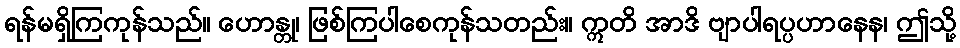
ရန်မရှိကြကုန်သည်။ ဟောန္တု၊ ဖြစ်ကြပါစေကုန်သတည်း။ ဣတိ အာဒိ ဗျာပါရပ္ပဟာနေန၊ ဤသို့